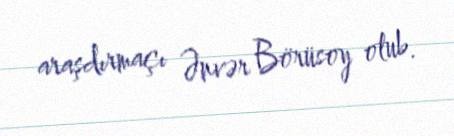
araşdırmaçı Ənvər Börüsoy olub.